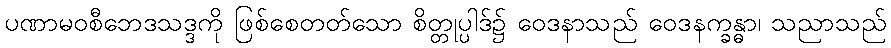
ပဏာမဝစီဘေဒသဒ္ဒကို ဖြစ်စေတတ်သော စိတ္တုပ္ပါဒ်၌ ဝေဒနာသည် ဝေဒနက္ခန္ဓာ၊ သညာသည်